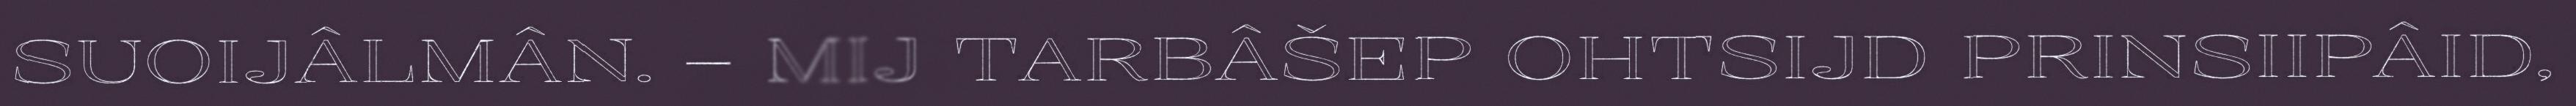
SUOIJÂLMÂN. – MIJ TARBÂŠEP OHTSIJD PRINSIIPÂID,